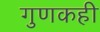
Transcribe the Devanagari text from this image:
गुणकही